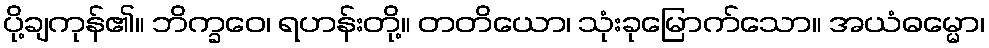
ပို့ချကုန်၏။ ဘိက္ခဝေ၊ ရဟန်းတို့။ တတိယော၊ သုံးခုမြောက်သော။ အယံဓမ္မော၊